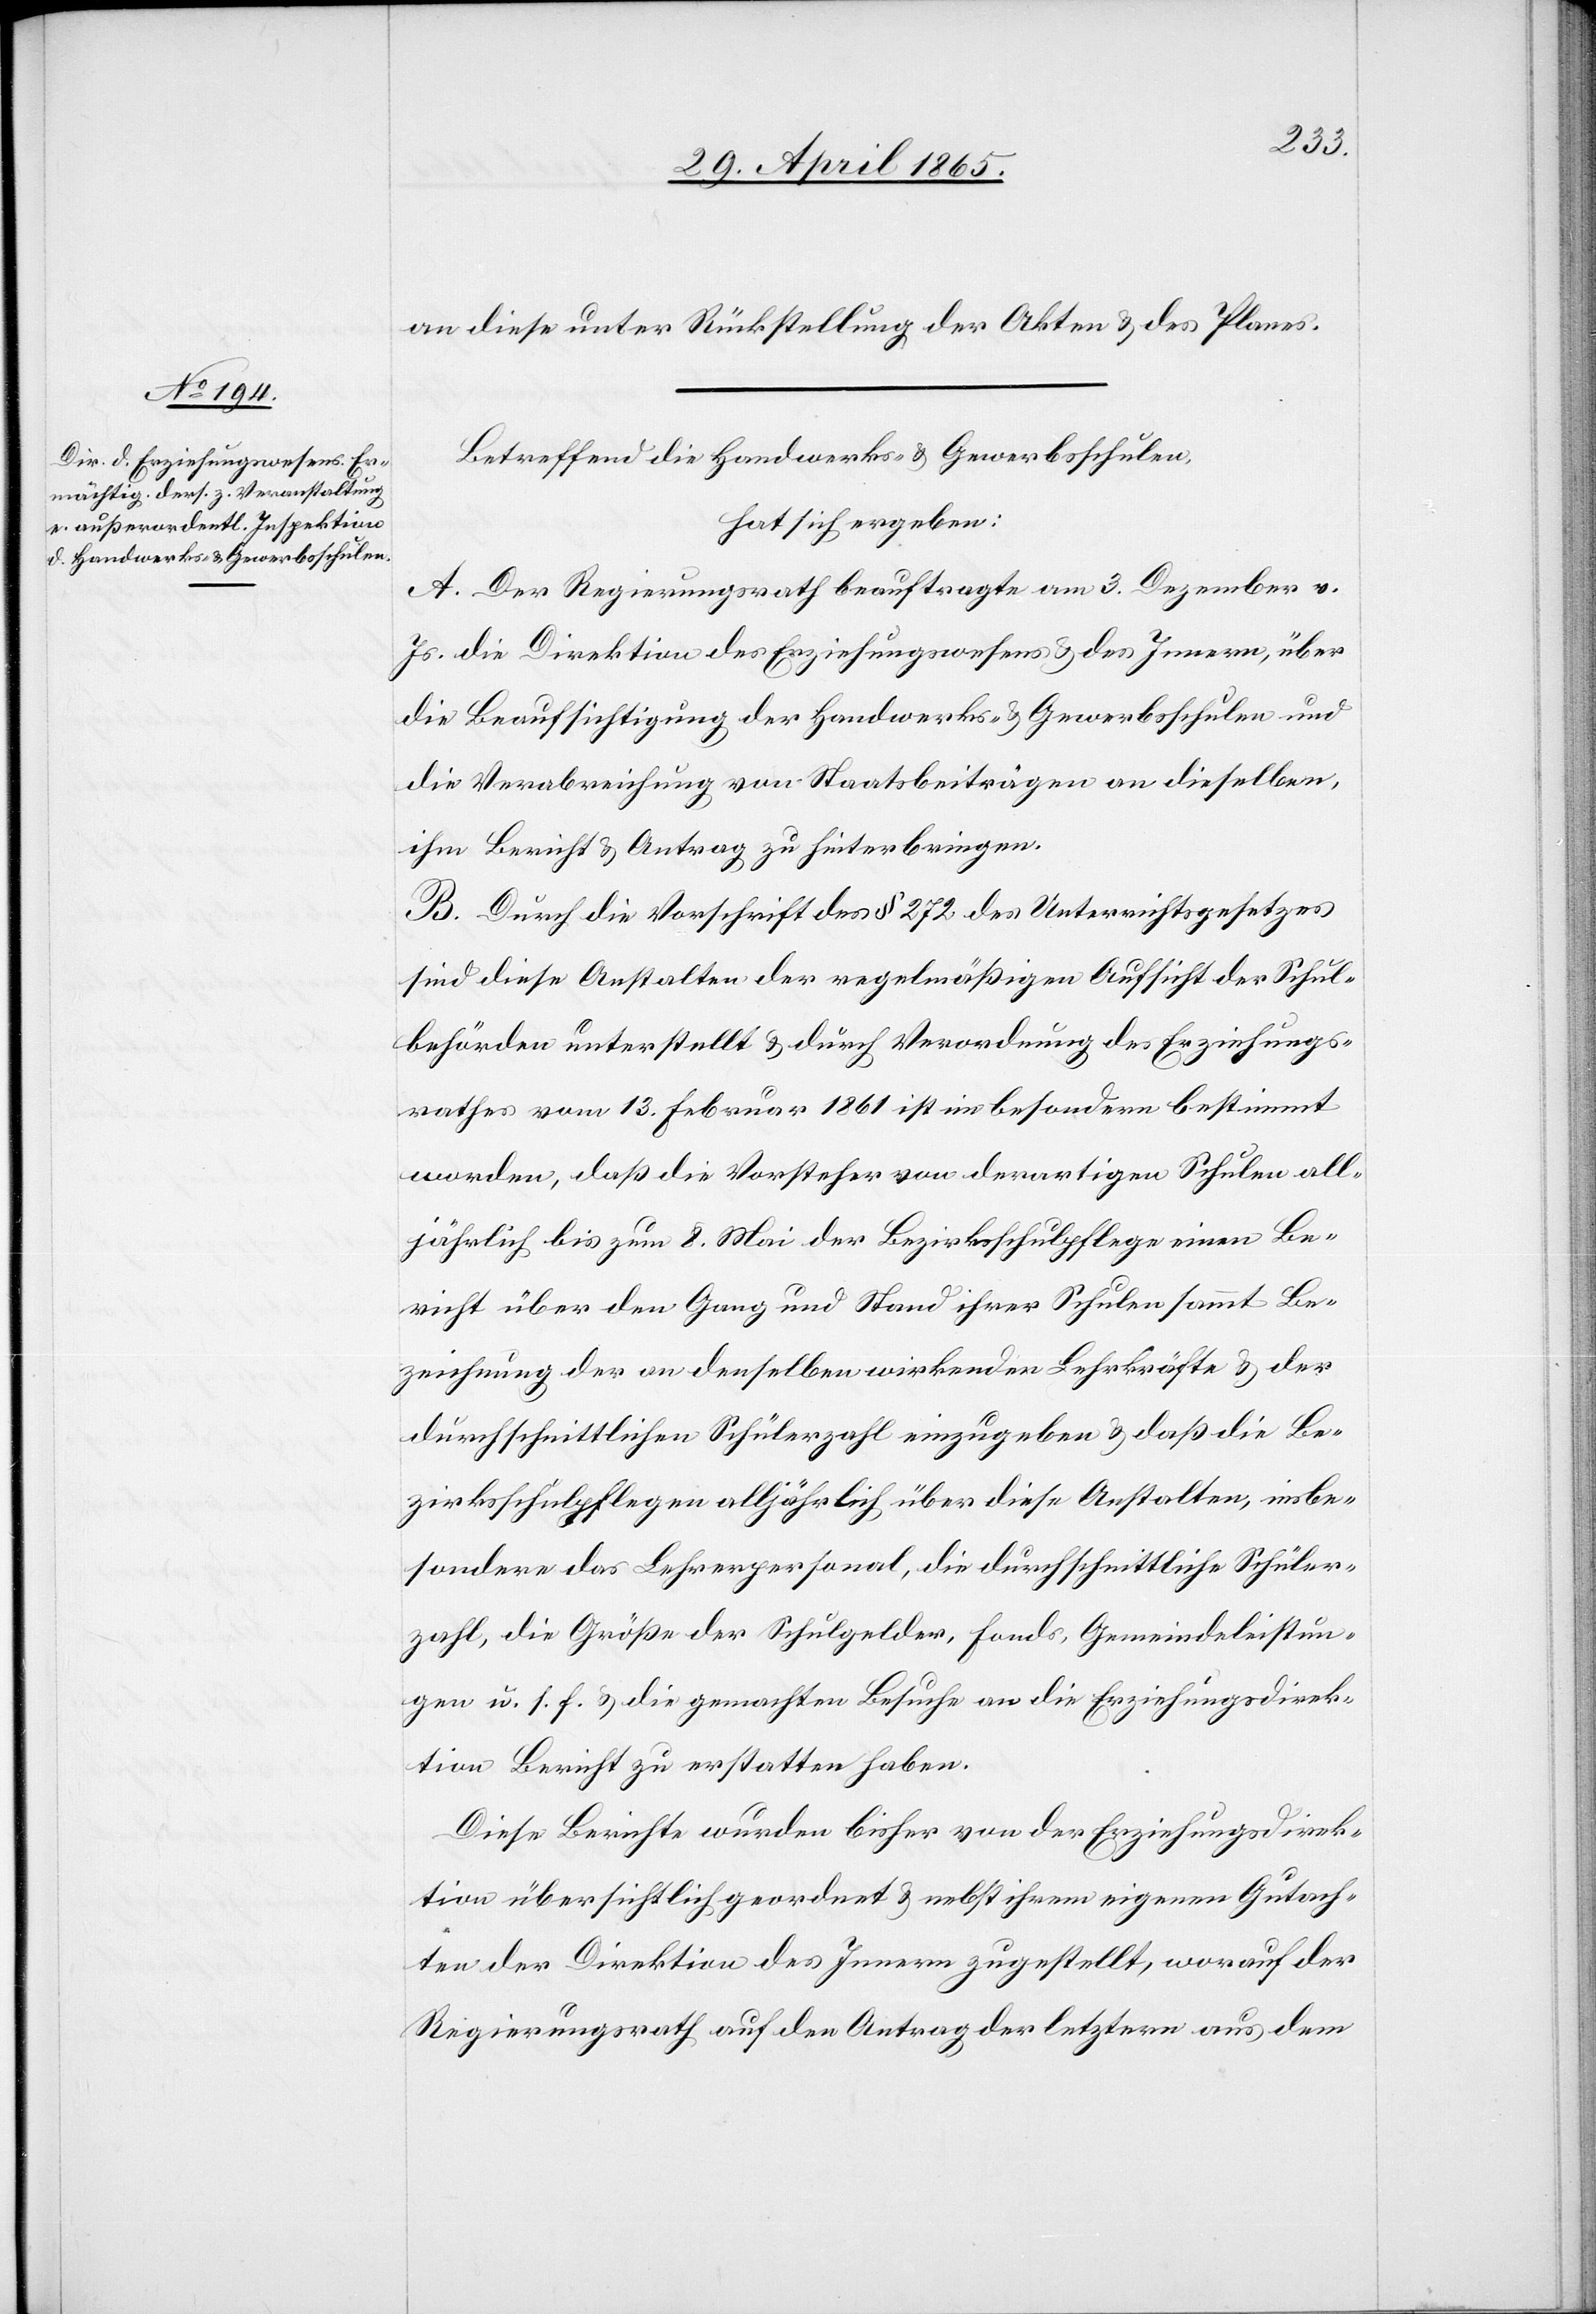
an diese unter Rückstellung der Akten & des Planes.
Betreffend die Handwerks- & Gewerbsschulen,
hat sich ergeben:
A. Der Regierungsrath beauftragte am 3. Dezember v.
Js. die Direktion des Erziehungswesens & des Innern, über
die Beaufsichtigung der Handwerks- & Gewerbsschulen und
die Verabreichung von Staatsbeiträgen an dieselben,
ihm Bericht & Antrag zu hinterbringen.
B. Durch die Vorschrift des § 272 des Unterrichtsgesetzes
sind diese Anstalten der regelmäßigen Aufsicht der Schul¬
behörden unterstellt & durch Verordnung des Erziehungs¬
rathes vom 13. Februar 1861 ist im besondern bestimmt
worden, daß die Vorsteher von derartigen Schulen all¬
jährlich bis zum 8. Mai der Bezirksschulpflege einen Be¬
richt über den Gang und Stand ihrer Schulen sammt Be¬
zeichnung der an denselben wirkenden Lehrkräfte & der
durchschnittlichen Schülerzahl einzugeben & daß die Be¬
zirksschulpflegen alljährlich über diese Anstalten, insbe¬
sondere das Lehrerpersonal, die durchschnittliche Schüler¬
zahl, die Größe der Schulgelder, Fonds, Gemeindeleistun¬
gen u. s. f. & die gemachten Besuche an die Erziehungsdirek¬
tion Bericht zu erstatten haben.
Diese Berichte wurden bisher von der Erziehungsdirek¬
tion übersichtlich geordnet & nebst ihrem eigenen Gutach¬
ten der Direktion des Innern zugestellt, worauf der
Regierungsrath auf den Antrag der letztern aus dem